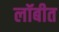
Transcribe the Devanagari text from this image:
लॉबीत